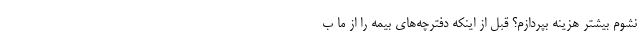
نشوم بیشتر هزینه بپردازم؟ قبل از اینکه دفترچه‌های بیمه را از ما ب